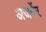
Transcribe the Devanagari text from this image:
अजमेंर